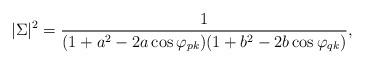
LaTeX: \begin{align*}|\Sigma|^2 = {1\over (1+a^2-2a\cos\varphi_{pk})(1+b^2-2b\cos\varphi_{qk})},\end{align*}